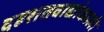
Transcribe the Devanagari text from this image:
दहशतवाद्यांकडली